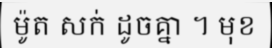
ម៉ូត សក់ ដូចគ្នា ។ មុខ